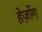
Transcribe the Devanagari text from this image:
हेर्ज़ोग